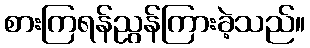
စားကြရန်ညွန်ကြားခဲ့သည်။